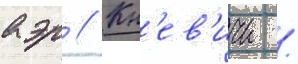
аэр // Кн'ев'ичи /